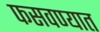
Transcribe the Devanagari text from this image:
फसवण्यात